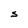
Character: S